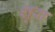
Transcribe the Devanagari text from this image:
शुरा